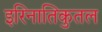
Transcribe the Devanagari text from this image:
इरिनातिकुतल